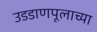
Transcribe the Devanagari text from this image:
उडडाणपूलाच्या